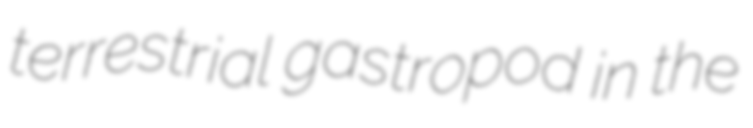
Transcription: terrestrial gastropod in the